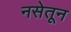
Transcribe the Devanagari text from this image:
नसेतून